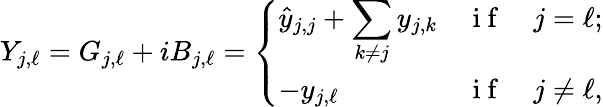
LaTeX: Y_{j,\ell}=G_{j,\ell}+iB_{j,\ell}=\left\{ \begin{array}{lll}{\displaystyle\hat{y}_{j,j}+\sum_{k\neq j}y_{j,k}}&{\mathrm{~i~f~}}&{j=\ell;}\\ {-y_{j,\ell}}&{\mathrm{~i~f~}}&{j\neq\ell,}\end{array}\right.